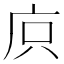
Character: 㡶